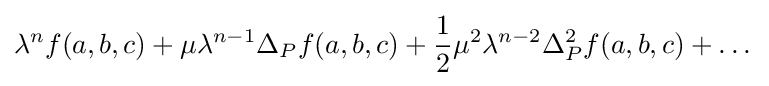
\lambda ^{n}f(a,b,c)+\mu \lambda ^{n-1}\Delta _{P}f(a,b,c)+{\frac {1}{2}}\mu ^{2}\lambda ^{n-2}\Delta _{P}^{2}f(a,b,c)+\dots